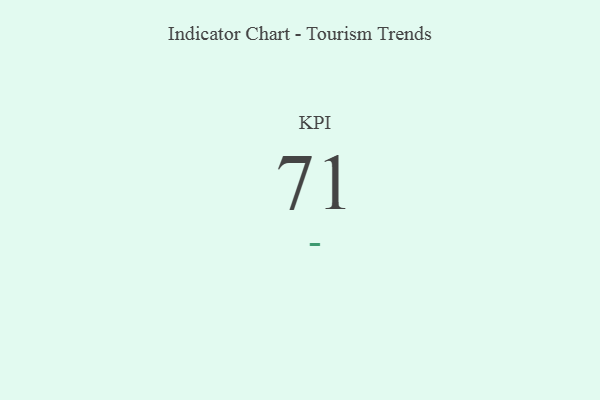
{"axis": {"x": "KPI", "y": "Value"}, "legend": [""], "data": [{"x": "KPI", "y": 71, "type": ""}]}